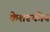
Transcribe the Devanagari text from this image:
केशरूकीय